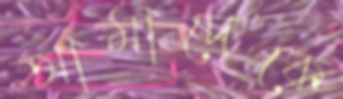
আমাদেকে